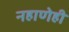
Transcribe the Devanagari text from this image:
नहाणेही